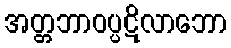
အတ္တဘာဝပ္ပဋိလာဘော